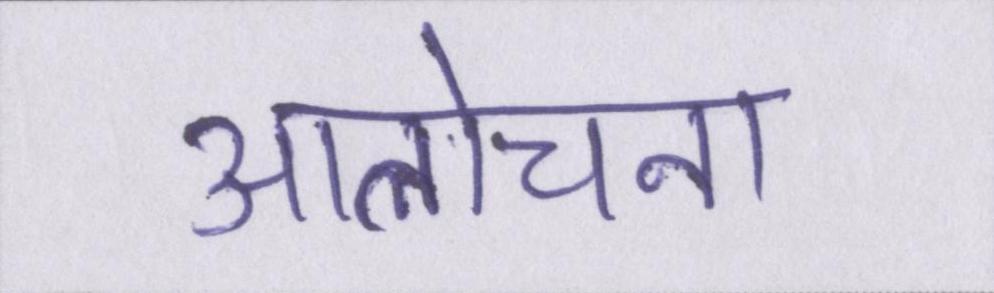
आलोचना